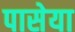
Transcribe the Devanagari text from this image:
पासेया